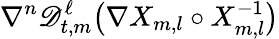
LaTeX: \nabla^{n}\mathscr{D}_{t,m}^{\ell}\bigl(\nabla X_{m,l}\circ X_{m,l}^{-1}\bigr)